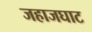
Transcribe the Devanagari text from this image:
जहाजघाट